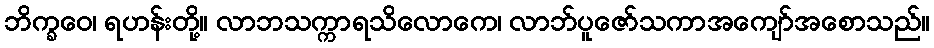
ဘိက္ခဝေ၊ ရဟန်းတို့။ လာဘသက္ကာရသိလောကေ၊ လာဘ်ပူဇော်သကာအကျော်အစောသည်။